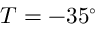
T = - 3 5 ^ { \circ }